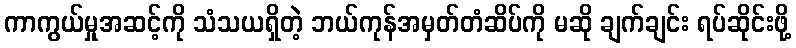
ကာကွယ်မှုအဆင့်ကို သံသယရှိတဲ့ ဘယ်ကုန်အမှတ်တံဆိပ်ကို မဆို ချက်ချင်း ရပ်ဆိုင်းဖို့